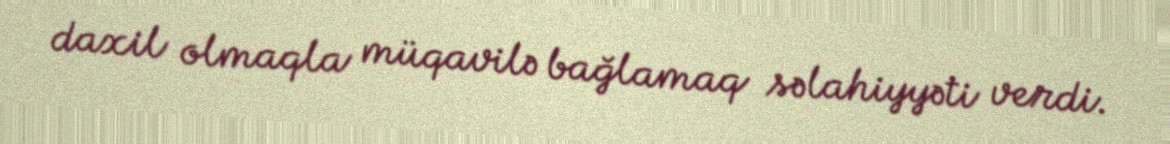
daxil olmaqla müqavilə bağlamaq səlahiyyəti verdi.